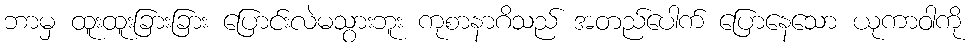
ဘာမှ ထူးထူးခြားခြား ပြောင်းလဲမသွားဘူး ကုစာနာဂိသည် အတည်ပေါက် ပြောနေသော ယုကာဝါကို